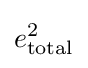
e_{\text{total}}^{2}